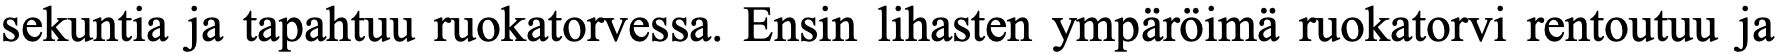
sekuntia ja tapahtuu ruokatorvessa. Ensin lihasten ympäröimä ruokatorvi rentoutuu ja